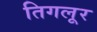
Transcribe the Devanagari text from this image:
तिगलूर